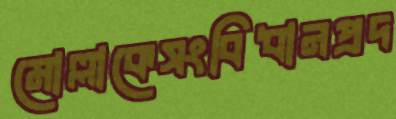
মোল্লাকেসংবিধানপ্রদ